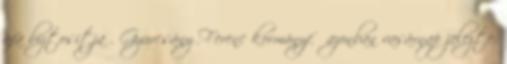
áfa biztosítja . Gyurcsány Ferenc kormányfő azonban vasárnap jelezte: